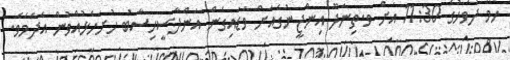
ހޯމަ ދުވަހުގެ 11:30 އަށް ވ.ތިނަދޫ އިންޖީނުގެއަށް ވަޑައިގެން އަންދާސީހިސާބު ހުށަހެޅުއްވުން އެދެމެވެ.